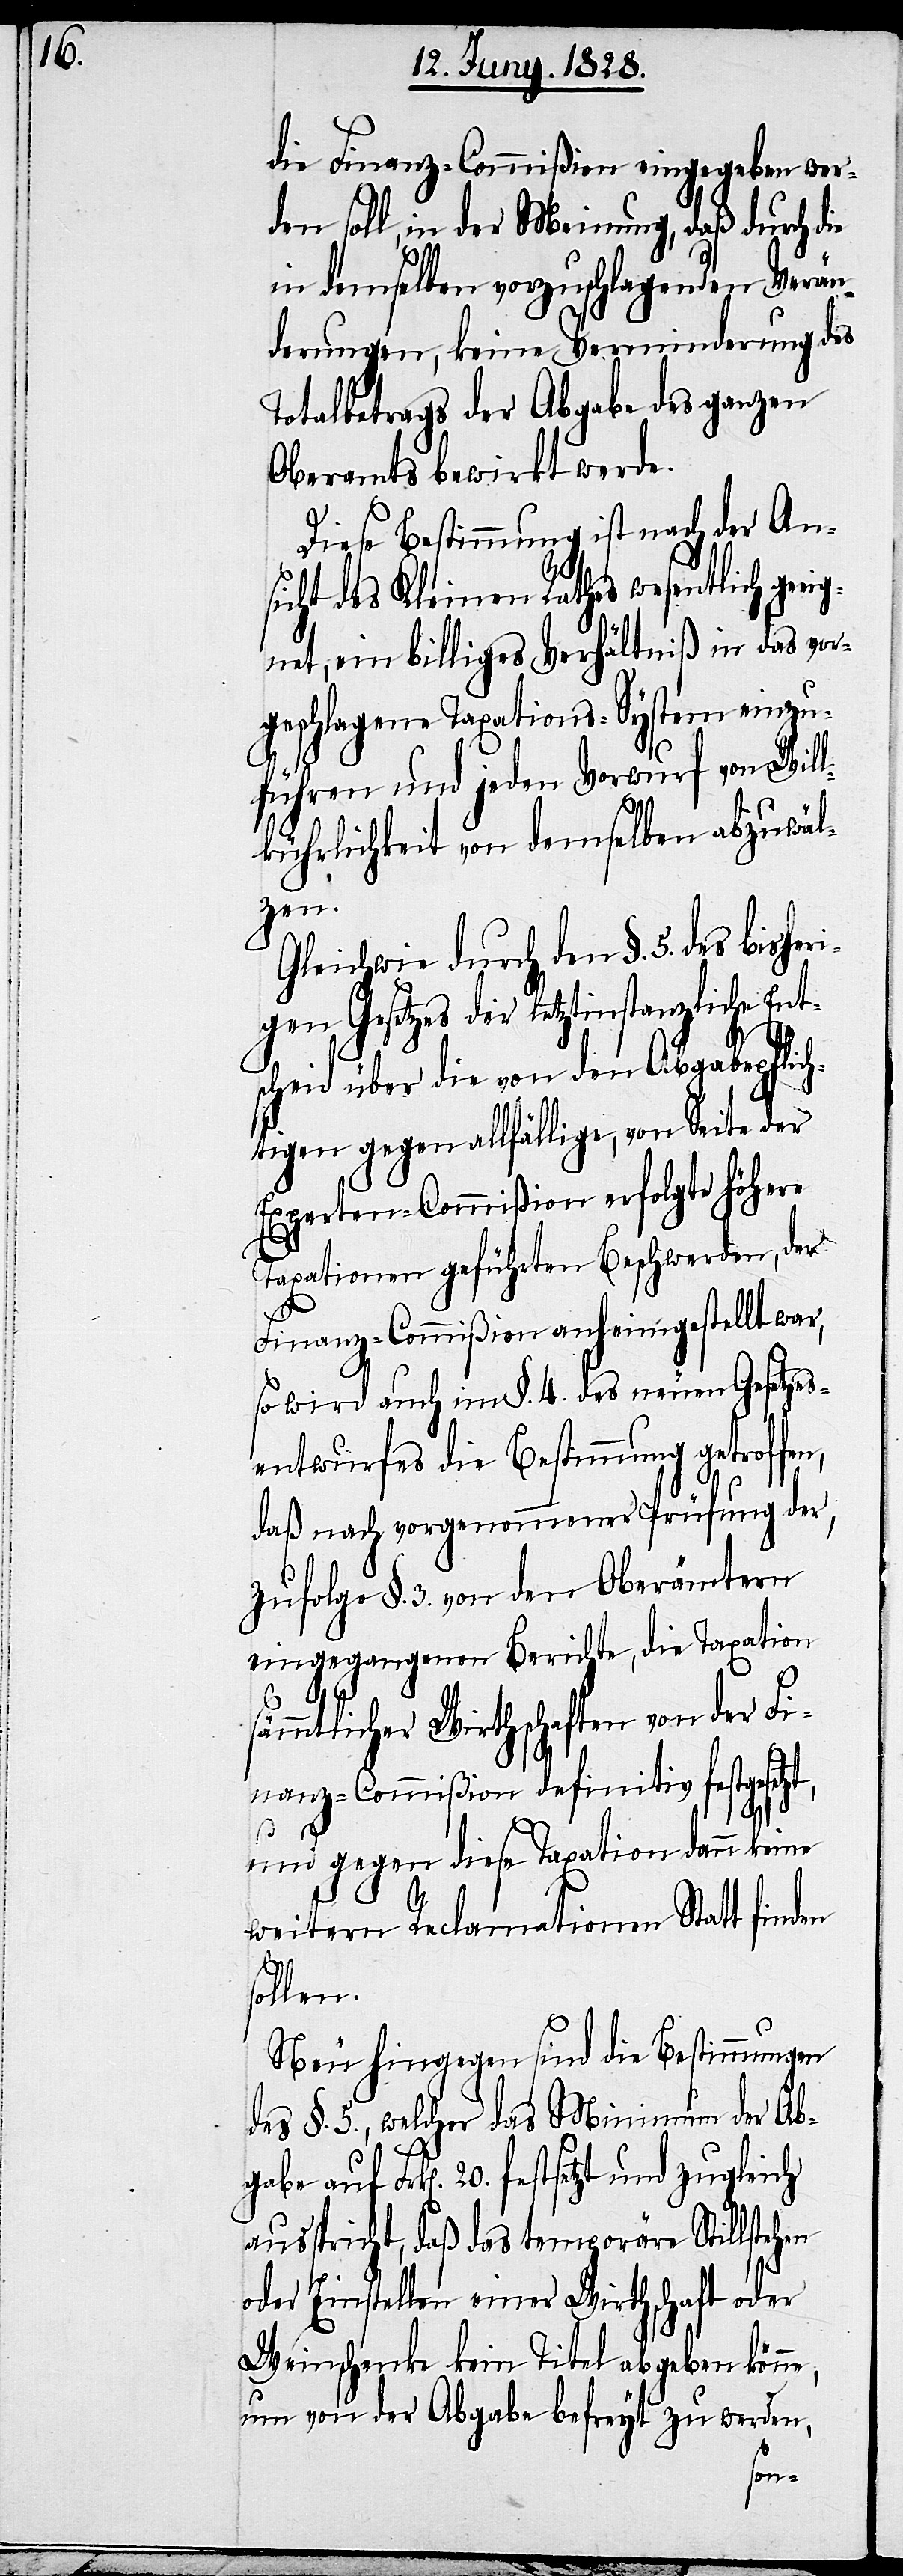
die Finanz-Commißion eingegeben wer¬
den soll, in der Meinung, daß durch die
in demselben vorzuschlagenden Verän¬
derungen, keine Verminderung des
Totalbetrags der Abgabe des ganzen
Oberamts bewirkt werde.
Diese Bestimmung ist nach der Ans¬
icht des Kleinen Rathes wesentlich gee¬
ignet, ein billiges Verhältniß in das vor¬
geschlagene Taxations-System einzu¬
führen und jeden Vorwurf von Wil¬
lkührlichkeit von demselben abzuwäl¬
zen.
Gleichwie durch den §. 5. des bisheri¬
gen Gesetzes der letztinstanzliche Ent¬
scheid über die von den Abgabepflich¬
tigen gegen allfällige, von Seite der
Experten-Commißion erfolgte höhere
Taxationen geführte Beschwerden, der
Finanz-Commißion anheimgestellt war,
so wird auch im §. 4. des neuen Gesetzes¬
entwurfes die Bestimmung getroffen,
daß nach vorgenommener Prüfung der
zufolge §. 3. von den Oberämtern
eingegangenen Berichte, die Taxation
sämmtlicher Wirthschaften von der Fi¬
nanz-Commißion definitiv festgeset¬
zt,
und gegen diese Taxation dann keine
abe
weitern Reclamationen Statt finden
ollen.
Neu hingegen sind die Bestimmungen
des §. 5., welcher das Minimum der Abg¬
Frk[en]. 20. festgesetzt und zugleich
ausspricht, daß das temporäre Stillstehen
oder Einstellen einer Wirthschaft oder
Weinschenke, kein Titel abgeben könne,
um von der Abgabe befreyt zu werden,